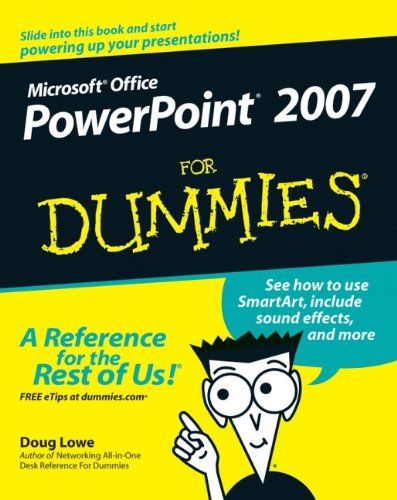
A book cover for PowerPoint 2007 For Dummies; Doug Lowe; Computers & Technology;